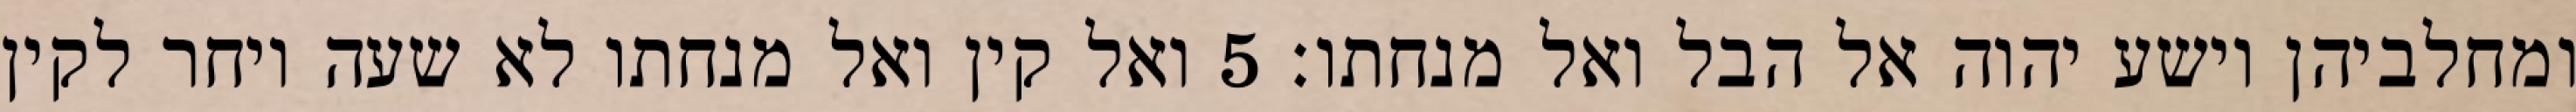
ומחלביהן וישע יהוה אל הבל ואל מנחתו׃ ‎5‏ ואל קין ואל מנחתו לא שעה ויחר לקין